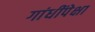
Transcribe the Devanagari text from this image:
गांधींपेक्षा